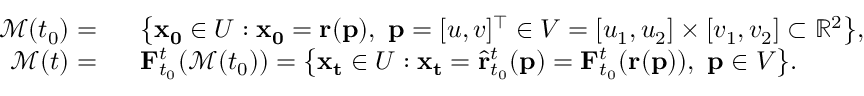
\begin{array} { r l } { \mathcal { M } ( t _ { 0 } ) = } & { \ \ \big \{ \mathbf { x _ { 0 } } \in U : \mathbf { x _ { 0 } } = \mathbf { r } ( \mathbf { p } ) , \ \mathbf { p } = [ u , v ] ^ { \top } \in V = [ u _ { 1 } , u _ { 2 } ] \times [ v _ { 1 } , v _ { 2 } ] \subset \mathbb { R } ^ { 2 } \big \} , } \\ { \mathcal { M } ( t ) = } & { \ \ \mathbf { F } _ { t _ { 0 } } ^ { t } ( \mathcal { M } ( t _ { 0 } ) ) = \big \{ \mathbf { x _ { t } } \in U : \mathbf { x _ { t } } = \hat { \mathbf { r } } _ { t _ { 0 } } ^ { t } ( \mathbf { p } ) = \mathbf { F } _ { t _ { 0 } } ^ { t } ( \mathbf { r } ( \mathbf { p } ) ) , \ \mathbf { p } \in V \big \} . } \end{array}